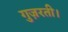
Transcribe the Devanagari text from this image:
गुज़रती।